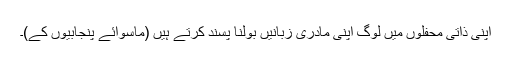
اپنی ذاتی محفلوں میں لوگ اپنی مادری زبانیں بولنا پسند کرتے ہیں (ماسوائے پنجابیوں کے)۔